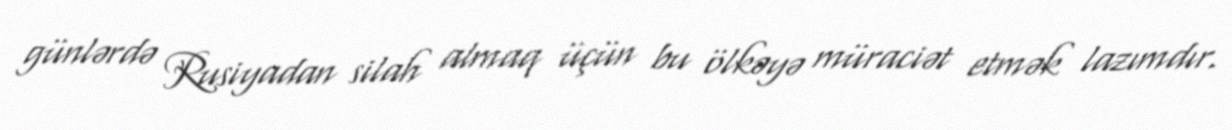
günlərdə Rusiyadan silah almaq üçün bu ölkəyə müraciət etmək lazımdır.